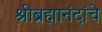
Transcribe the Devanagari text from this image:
श्रीब्रह्मानंदांचे